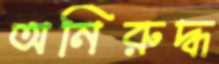
অনিরুদ্ধ